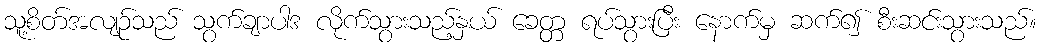
သူ့စိတ်အလျဉ်သည် သွက်ချာပါဒ လိုက်သွားသည့်နှယ် ခေတ္တ ရပ်သွားပြီး နောက်မှ ဆက်၍ စီးဆင်းသွားသည်။